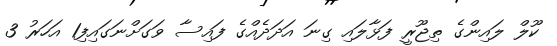
ކޫލް ލައިންގެ ތިޖޫރީ ފަޅާލައި ގިނަ އަދަދެއްގެ ފައިސާ ވަގަށްނަގައިފި1 އަހަރު 3